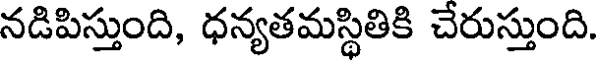
నడిపిస్తుంది, ధన్యతమస్థితికి చేరుస్తుంది.